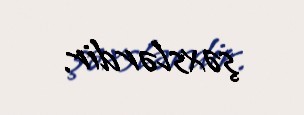
şəxslərdir.